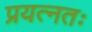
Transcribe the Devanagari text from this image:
प्रयत्नतः